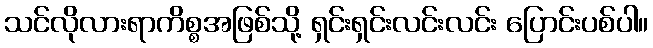
သင်လိုလားရာကိစ္စအဖြစ်သို့ ရှင်းရှင်းလင်းလင်း ပြောင်းပစ်ပါ။